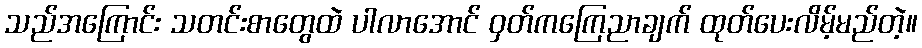
သည်အကြောင်း သတင်းစာတွေထဲ ပါလာအောင် ဝှတ်ကကြေညာချက် ထုတ်ပေးလိမ့်မည်တဲ့။